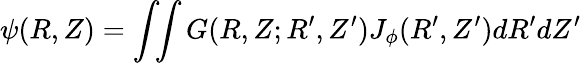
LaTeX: \psi(R,Z)=\int\! \! \int G(R,Z;R^{\prime},Z^{\prime})J_{\phi}(R^{\prime},Z^{\prime})dR^{\prime}dZ^{\prime}